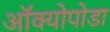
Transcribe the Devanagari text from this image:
ऑक्योपोडा